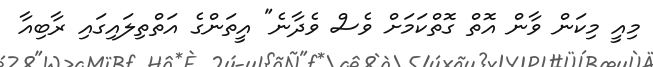
މިއީ މިކަން ވާން އޮތް ގޮތްކަމަށް ވެސް ވެދާނެ" އީތަންގެ އަތްތިލައިގައި ރާބިއާ